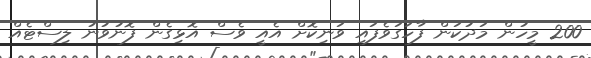
200 މީހުން މަދުކަން ފާހަގަވެފައި ވަނިކޮށް އެއީ ވެސް އޮޅިގެން ފޮނުވުނު ލިސްޓެއް